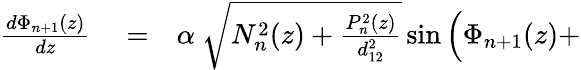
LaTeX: \begin{array}{rlr}{\frac{d\Phi_{n+1}(z)}{dz}}&{{}=}&{\alpha\ \sqrt{N_{n}^{2}(z)+\frac{P_{n}^{2}(z)}{d_{12}^{2}}}\sin\Big(\Phi_{n+1}(z)+}\end{array}